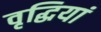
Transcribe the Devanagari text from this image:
वृद्धियां